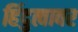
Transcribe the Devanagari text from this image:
हिंदुत्वावर